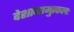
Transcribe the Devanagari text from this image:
देशानामुत्कलः